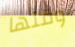
وقتها